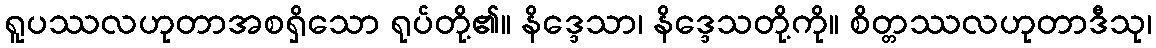
ရူပဿလဟုတာအစရှိသော ရုပ်တို့၏။ နိဒ္ဒေသာ၊ နိဒ္ဒေသတို့ကို။ စိတ္တဿလဟုတာဒီသု၊